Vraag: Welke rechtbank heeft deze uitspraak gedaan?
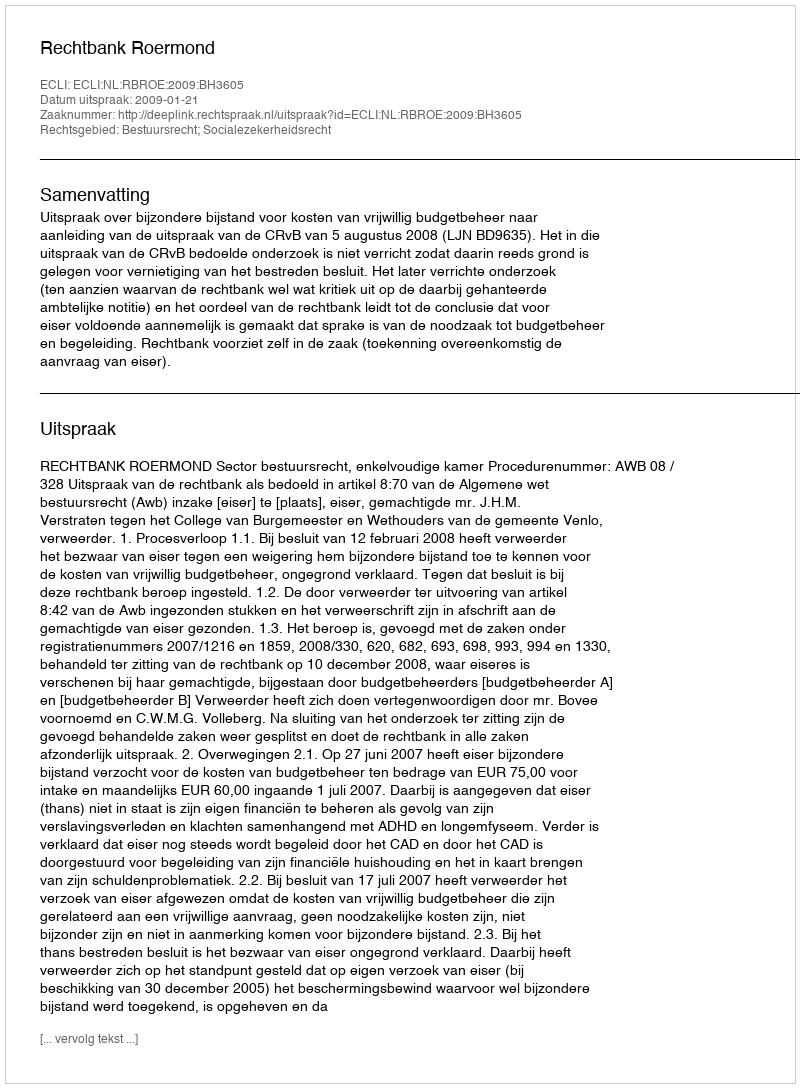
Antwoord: Rechtbank Roermond